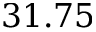
3 1 . 7 5